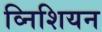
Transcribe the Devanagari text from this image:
व्निशियन